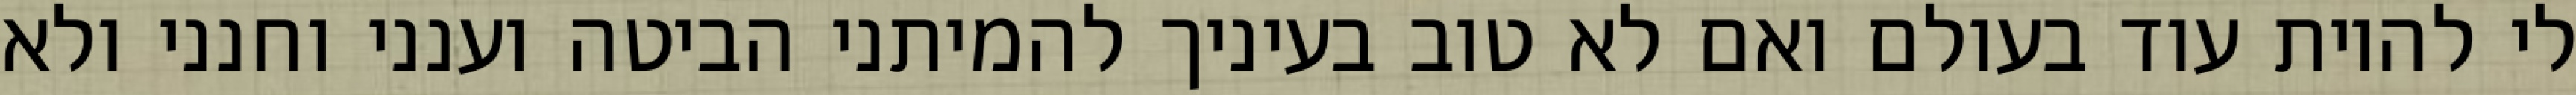
לי להיות עוד בעולם ואם לא טוב בעיניך להמיתני הביטה וענני וחנני ולא